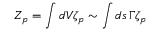
Z _ { p } = \int { d V } \zeta _ { p } \sim \int { d s } \, \Gamma \zeta _ { p }